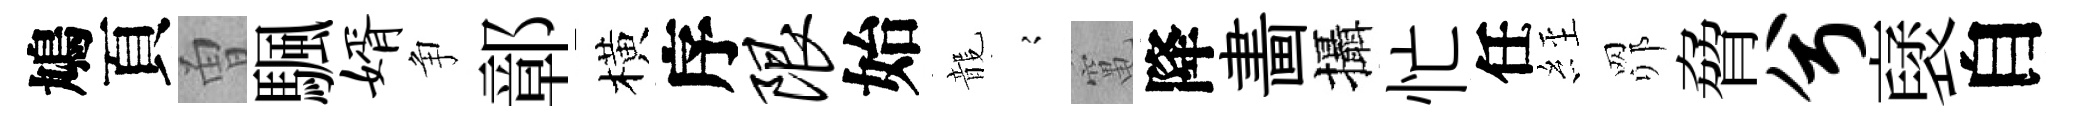
鳩頁曽颿婿争鄣橫序限始龍𡪹𥧄降畵攝忙任𦀇𦊑脅兮裦自